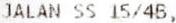
JALAN SS 15/4B,